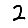
Digit: 2